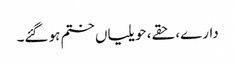
دارے، حقے، حویلیاں ختم ہو گئے۔